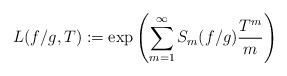
\begin{align*}L(f/g, T) := \exp\left(\sum_{m =1}^\infty S_m(f/g) \frac{T^m}{m} \right)\end{align*}